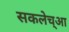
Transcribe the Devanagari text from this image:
सकलेच्आ